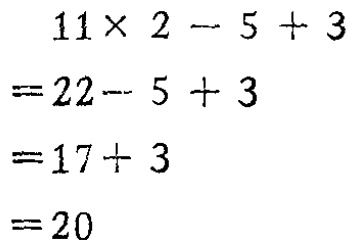
\[

\begin{align*}

&11\times 2 - 5 + 3\\

=&22 - 5 + 3\\

=&17 + 3\\

=&20

\end{align*}

\]